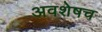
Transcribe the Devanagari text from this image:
अवशेषच